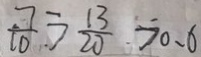
\frac { 7 } { 1 0 } \geq \frac { 1 3 } { 2 0 } > 0 . 6